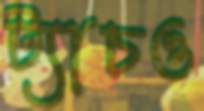
ট্যাচও